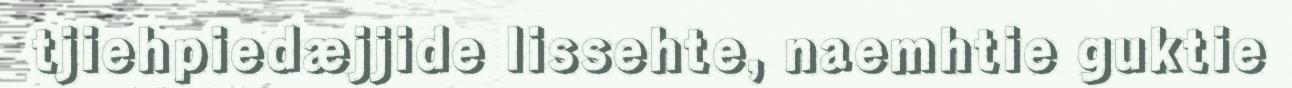
tjiehpiedæjjide lissehte, naemhtie guktie